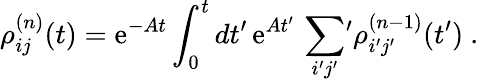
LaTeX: \rho_{ij}^{(n)}(t)=\mathrm{e}^{-At}\int_{0}^{t}dt^{\prime}\, \mathrm{e}^{At^{\prime}}\, \sum_{i^{\prime}j^{\prime}}\, \! \! ^{\prime}\rho_{i^{\prime}j^{\prime}}^{(n-1)}(t^{\prime})\ .